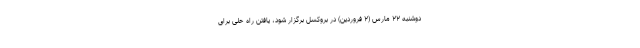
دوشنبه ۲۲ مارس (۲ فروردین) در بروکسل برگزار شود، یافتن راه حلی برای